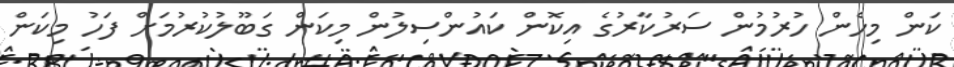
ކަން މިހެން ހުރުމުން ސަަރުކާރުގެ އިކޮން ކައުންސިލުން މިކަން ގަބޫލުކުުރުމަށް ފަހު މިކަން